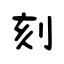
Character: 刻